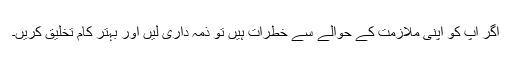
اگر آپ کو اپنی ملازمت کے حوالے سے خطرات ہیں تو ذمہ داری لیں اور بہتر کام تخلیق کریں۔